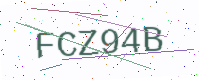
Text: FCZ94B